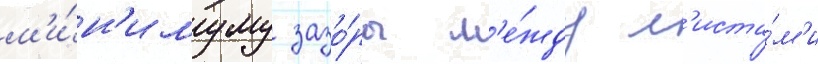
м'и́н'имуму зазо́ры м'е́жду л'иста́м'и